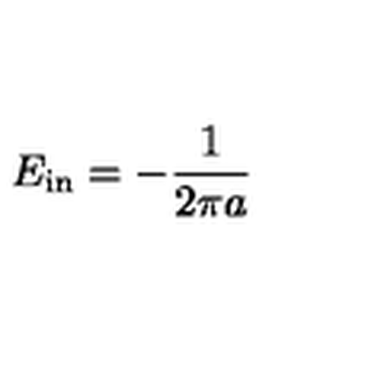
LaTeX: E _ { \mathrm { i n } } = - \frac { 1 } { 2 \pi a }